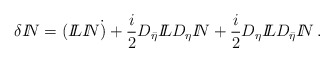
\begin{align*}\delta {I\!\!N}= ({I\!\!L}{I\!\!N}\dot ) + \frac{i}{2}D_{\bar\eta}{I\!\!L}D_{\eta}{I\!\!N} + \frac{i}{2}D_{\eta}{I\!\!L}D_{\bar\eta}{I\!\!N}\, . \end{align*}